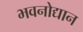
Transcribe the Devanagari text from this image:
भवनोद्यान